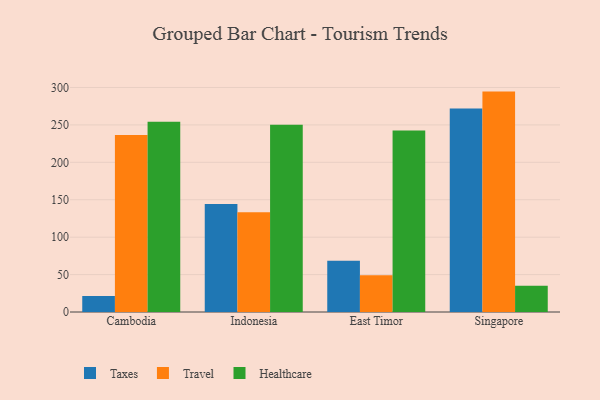
{"axis": {"x": "Country", "y": "Demand Index"}, "legend": ["Healthcare", "Taxes", "Travel"], "data": [{"x": "Cambodia", "y": 21.3, "type": "Taxes"}, {"x": "Cambodia", "y": 236.5, "type": "Travel"}, {"x": "Cambodia", "y": 254.1, "type": "Healthcare"}, {"x": "Indonesia", "y": 144.4, "type": "Taxes"}, {"x": "Indonesia", "y": 133.3, "type": "Travel"}, {"x": "Indonesia", "y": 250.3, "type": "Healthcare"}, {"x": "East Timor", "y": 68.5, "type": "Taxes"}, {"x": "East Timor", "y": 49.0, "type": "Travel"}, {"x": "East Timor", "y": 242.4, "type": "Healthcare"}, {"x": "Singapore", "y": 271.8, "type": "Taxes"}, {"x": "Singapore", "y": 294.5, "type": "Travel"}, {"x": "Singapore", "y": 35.1, "type": "Healthcare"}]}